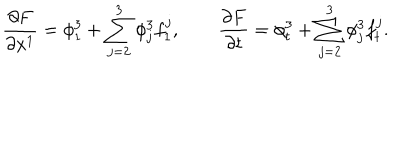
LaTeX: \frac { \partial F } { \partial x ^ { 1 } } = \phi _ { 1 } ^ { 3 } + \sum _ { j = 2 } ^ { 3 } \phi _ { j } ^ { 3 } f _ { 1 } ^ { j } , \quad \quad \frac { \partial F } { \partial t } = \phi _ { t } ^ { 3 } + \sum _ { j = 2 } ^ { 3 } \phi _ { j } ^ { 3 } f _ { t } ^ { j } .